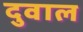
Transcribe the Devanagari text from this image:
दुवाल